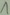
Text: 1